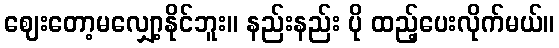
ဈေးတော့မလျှော့နိုင်ဘူး။ နည်းနည်း ပို ထည့်ပေးလိုက်မယ်။